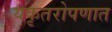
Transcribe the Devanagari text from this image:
यकृतरोपणात